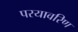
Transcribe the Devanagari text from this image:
परयावरिण